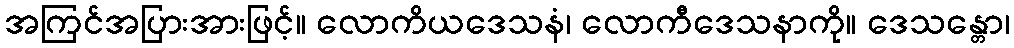
အကြင်အပြားအားဖြင့်။ လောကိယဒေသနံ၊ လောကီဒေသနာကို။ ဒေသန္တော၊